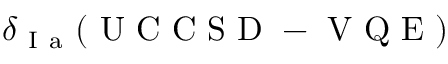
\delta _ { \mathrm { ~ I ~ a ~ } } ( \mathrm { ~ U ~ C ~ C ~ S ~ D ~ - ~ V ~ Q ~ E ~ } )